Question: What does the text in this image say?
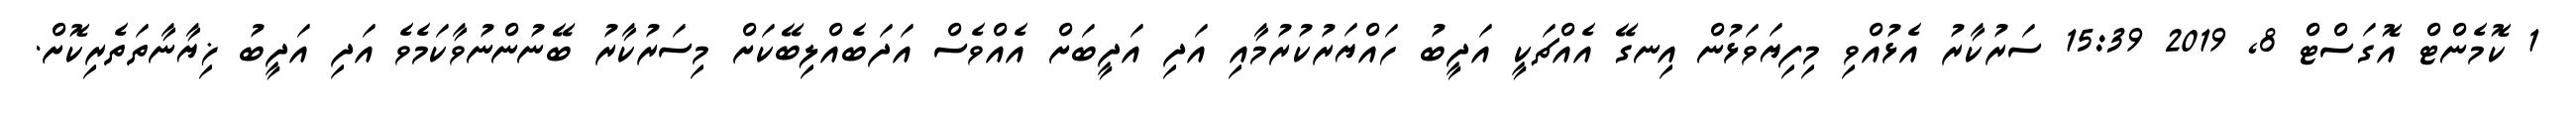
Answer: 1 ކޮމެންޓް އޮގަސްޓް 8, 2019 15:39 ސަރުކާރު އެޅުއްވި މިފިޔަވަޅުން އިނގޭ އެއްޗަކީ އަދީބު ހައްޔަރުކުރުމާއި އަދި އަދީބަށް އެއްވެސް އަދަބެއްލިބޭކަށް މިސަރުކާރު ބޭނުންނުވާކަމެވެ އަދި އަދީބު ޚިޔާނާތަތެރިކޮށް.